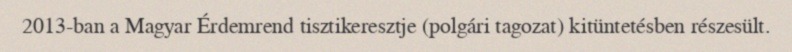
2013-ban a Magyar Érdemrend tisztikeresztje (polgári tagozat) kitüntetésben részesült.